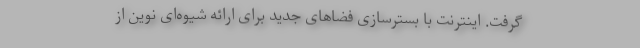
گرفت. اینترنت با بسترسازی فضاهای جدید برای ارائه شیوه‌ای نوین از